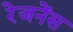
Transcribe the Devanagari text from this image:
रेजनेंस